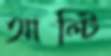
আল্টি